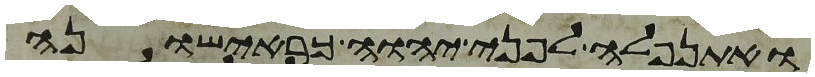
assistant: ואתנפלה לפני יהוה כראישונה